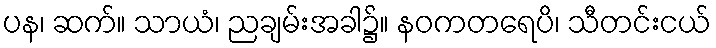
ပန၊ ဆက်။ သာယံ၊ ညချမ်းအခါ၌။ နဝကတရေပိ၊ သီတင်းငယ်